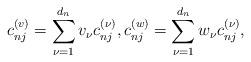
LaTeX: \begin{align*}c_{nj}^{(v)} = \sum_{\nu=1}^{d_n} v_\nu c_{nj}^{(\nu)},c_{nj}^{(w)} = \sum_{\nu=1}^{d_n} w_\nu c_{nj}^{(\nu)},\end{align*}